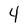
Character: 4